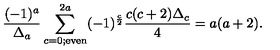
{ \frac { ( - 1 ) ^ { a } } { \Delta _ { a } } } \sum _ { c = 0 ; \mathrm { e v e n } } ^ { 2 a } ( - 1 ) ^ { \frac { c } { 2 } } { \frac { c ( c + 2 ) \Delta _ { c } } { 4 } } = a ( a + 2 ) .